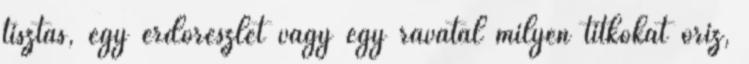
tisztás, egy erdőrészlet vagy egy ravatal milyen titkokat őriz,